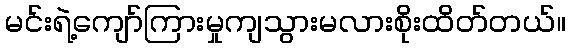
မင်းရဲ့ကျော်ကြားမှုကျသွားမလားစိုးထိတ်တယ်။